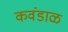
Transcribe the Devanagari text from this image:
कवंडाळ